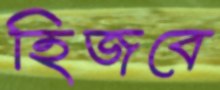
হিজবে